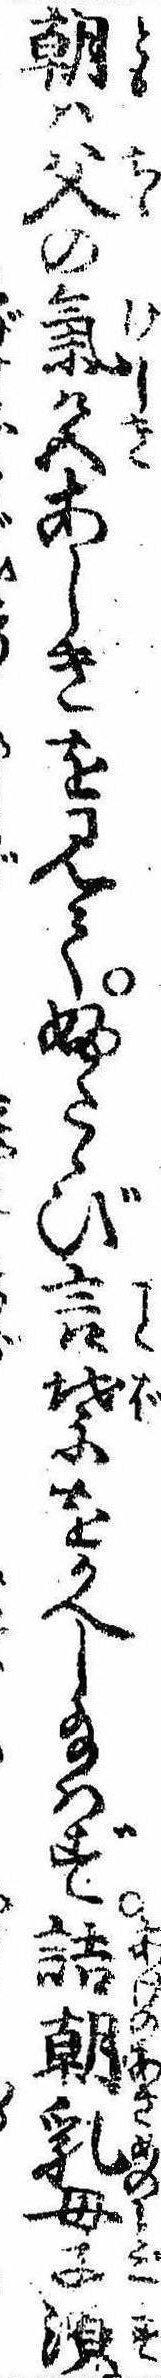
朝は父の気色あしきを見てふたゝび言葉をかへし給はず詰朝乳母子須